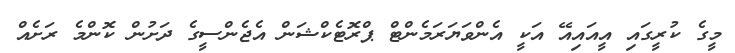
މީގެ ކުރީގައި އީއައިއޭ އަކީ އެންވަޔަރަމެންޓް ޕްރޮޓެކްޝަން އެޖެންސީގެ ދަށުން ކޮންމެ ރަށެއް